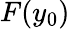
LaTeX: F(y_{0})